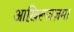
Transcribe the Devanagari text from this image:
आखि़रूज़ज़मा